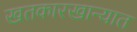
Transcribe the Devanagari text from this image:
खतकारखान्यात